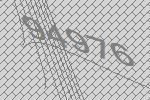
94976